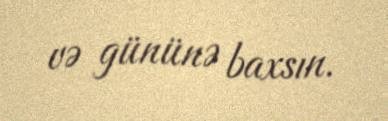
və gününə baxsın.